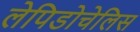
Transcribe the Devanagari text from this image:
लेपिडोचेलिस